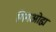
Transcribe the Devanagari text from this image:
गिगओह्म